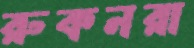
রুকনরা